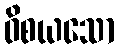
ဝိစယသော